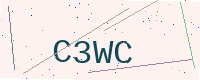
Text: C3WC